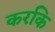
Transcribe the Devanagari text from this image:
करकि